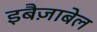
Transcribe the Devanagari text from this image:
इबैज़ाबेल